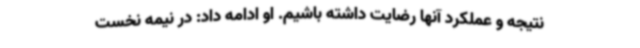
نتیجه و عملکرد آنها رضایت داشته باشیم. او ادامه داد: در نیمه نخست